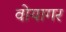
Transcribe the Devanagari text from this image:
वोयागर